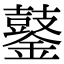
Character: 䥢